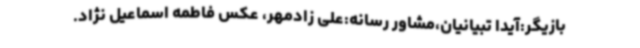
بازیگر:آیدا تبیانیان،مشاور رسانه:علی زادمهر، عکس فاطمه اسماعیل نژاد.